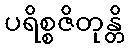
ပရိစ္စဇိတုန္တိ